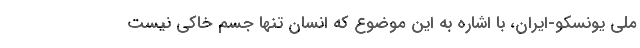
ملی یونسکو-ایران، با اشاره به این موضوع که انسان تنها جسم خاکی نیست